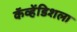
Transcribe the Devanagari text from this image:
कॅव्हेंडिशला